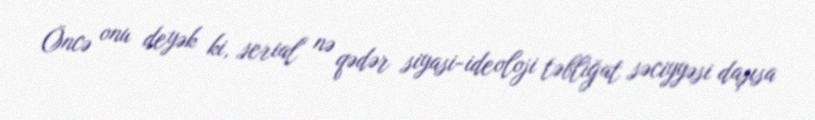
Öncə onu deyək ki, serial nə qədər siyasi-ideoloji təbliğat səciyyəsi daşısa